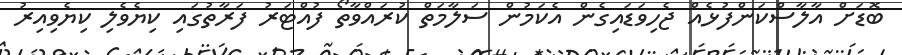
ބޮޑަށް އާލާސްކަންފުޅެއް ޖެހިވަޑައިގެން އެކަމުން ސަލާމަތް ކުރައްވާތޯ ފުއްޓަރު ފަރާތުގައި ކިޔެވެލި ކިޔެވިއިރު